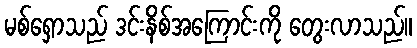
မစ်ရှောသည် ဒင်းနိစ်အကြောင်းကို တွေးလာသည်။